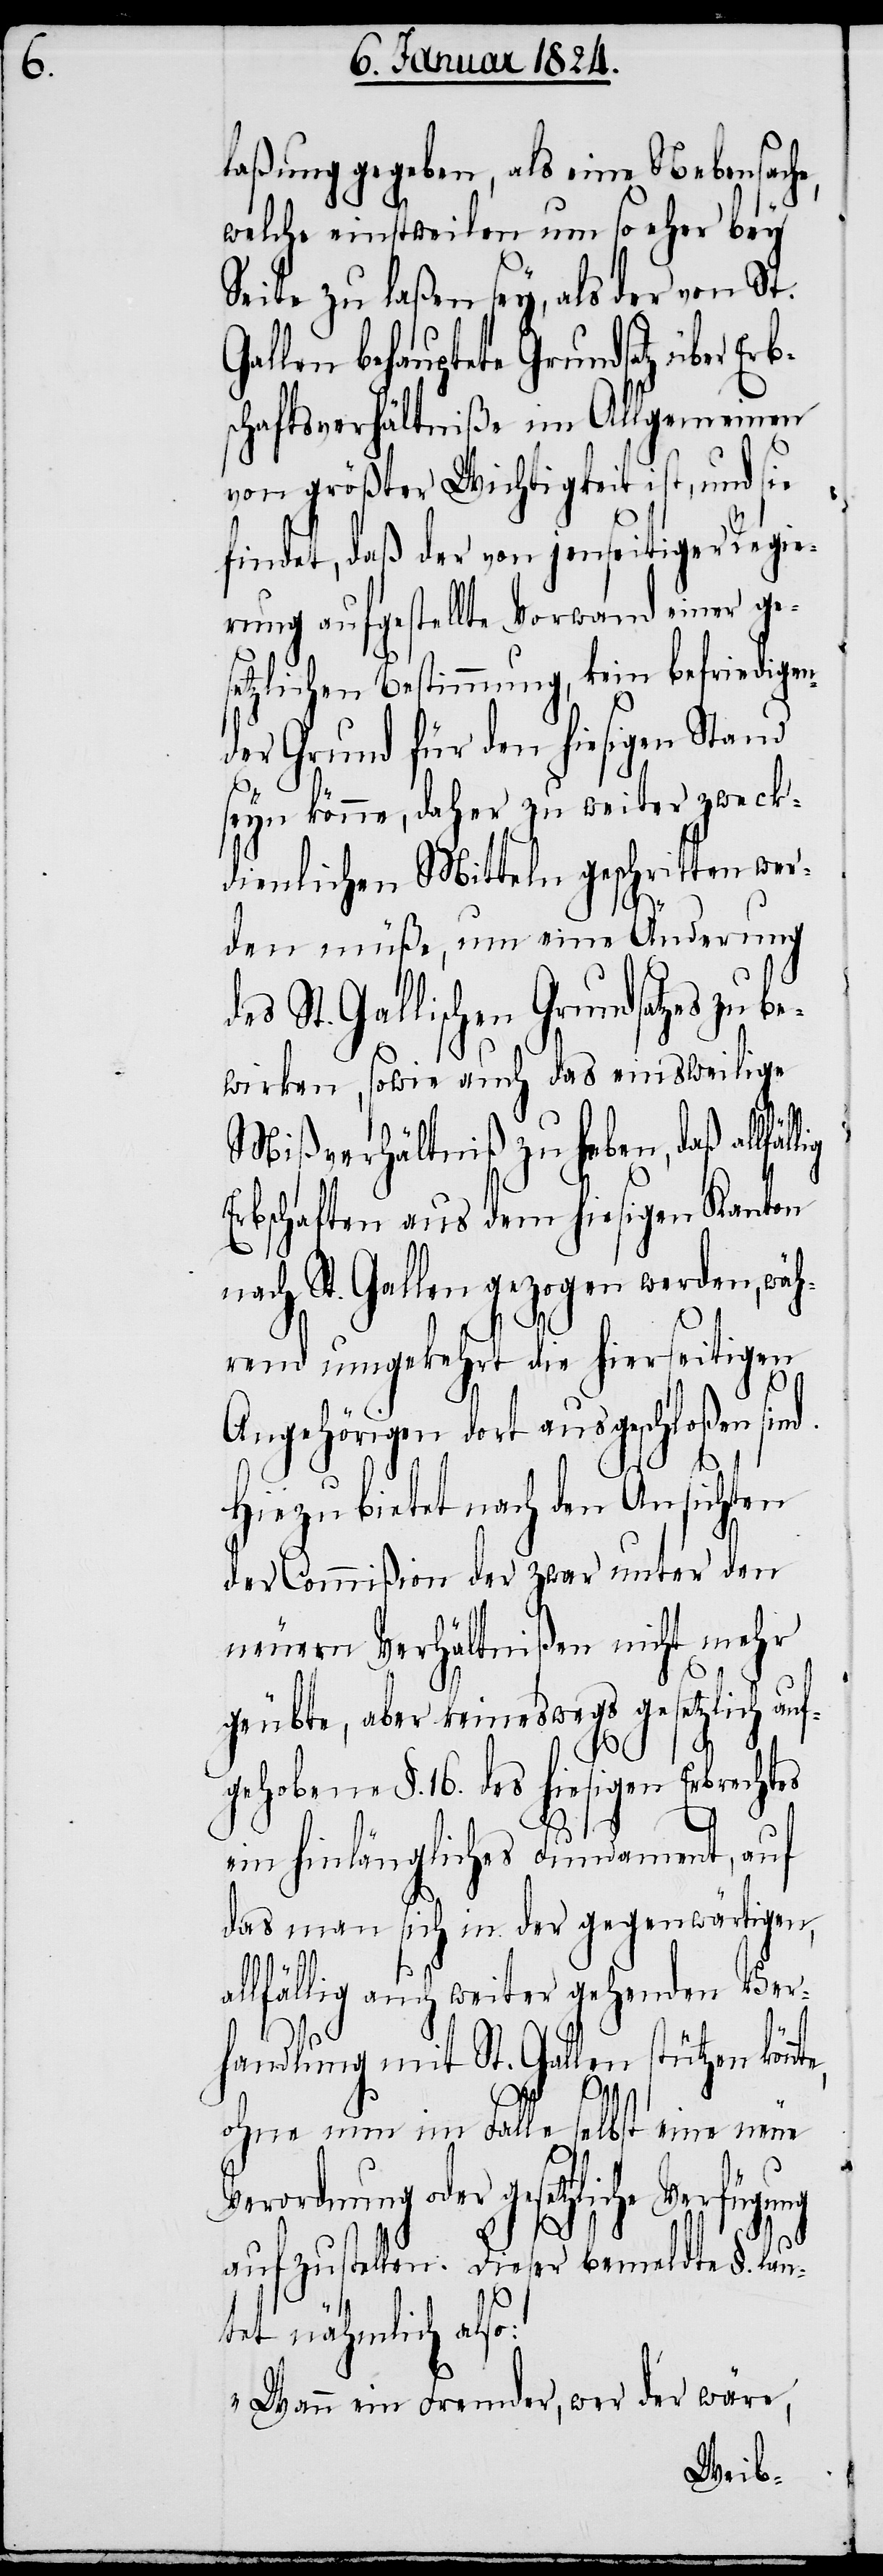
d¬

laßung gegeben, als eine Nebensach¬
welche einstweilen um so eher bey
Seite zu laßen sey, als der von St.
Gallen behauptete Grundsatz über Erb¬
schaftsverhältniße im Allgemeinen
von größter Wichtigkeit ist, und sie
findet, daß der von jenseitiger Regie¬
rung aufgestellte Vorwand einer ge¬
setzlichen Bestimmung, kein befriedigen¬
der Grund für den hiesigen Stand
seyn könne, daher zu weiter zweck¬
dienlichen Mitteln geschritten wer¬
den müße, um eine Änderung
es St. Gallischen Grundsatzes zu b¬
ewirken, sowie auch das einsweilige
Mißverhältniß zu haben, daß allfäl¬
Erbschaften aus dem hiesigen Kanton
nach St. Gallen gezogen werden, wäh¬
rend umgekehrt die hierseitigen
Angehörigen dort ausgeschloßen
Hiezu bietet nach den Ansichten
der Commißion der zwar unter den
neuern Verhältnißen nicht mehr
nte,
geübte, aber keineswegs gesetzlich auf¬
gehobene §. 16. des hiesigen Erbrechtes
ein hinlängliches Fundament, auf
das man sich in der gegenwärtigen,
llfällig auch weiter gehenden Ver¬
handlung mit St. Gallen stützen kön¬
ohne nun im Falle selbst eine neue
Verordnung oder gesetzliche Verfügung
aufzustellen. Dieser bemeldte §. lau¬
tet nähmlich also:
„Wann ein Fremder, wer der wäre